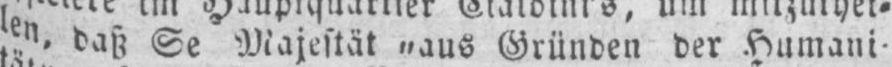
len, daß Se Majestät „aus Gründen der Humani-